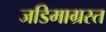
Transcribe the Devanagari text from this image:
जडिमाग्रस्त